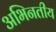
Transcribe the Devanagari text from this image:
अभिनतीय